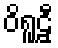
ဝိရူဠှီ